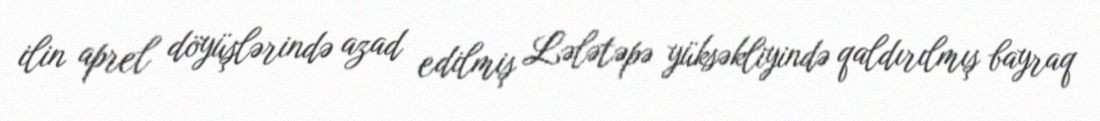
ilin aprel döyüşlərində azad edilmiş Lələtəpə yüksəkliyində qaldırılmış bayraq